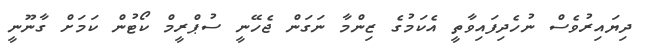
ދިޔައިރުވެސް ނުހެދިފައިވާތީ އެކަމުގެ ޒިންމާ ނަގަން ޖެހޭނީ ސުޕްރީމް ކޯޓުން ކަމަށް ގާނޫނީ